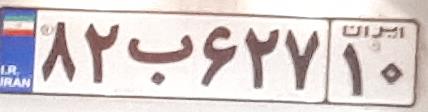
۸۲ب۶۲۷۱۰